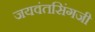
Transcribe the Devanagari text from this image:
जयवंतसिंगजी